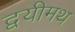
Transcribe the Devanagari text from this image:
द्वयीमथ